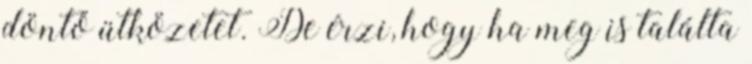
döntő ütközetet. De érzi, hogy ha meg is találta